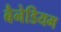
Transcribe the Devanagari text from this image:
बैनेडियम